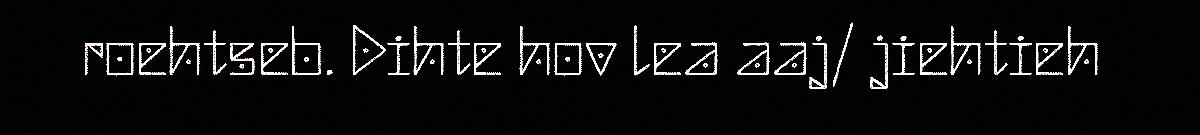
roehtseb. Dihte hov lea aaj/ jiehtieh